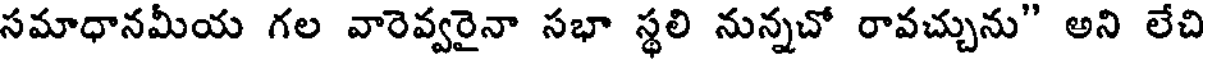
సమాధానమీయ గల వారెవ్వరైనా సభా స్థలి నున్నచో రావచ్చును" అని లేచి